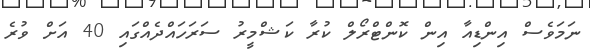
ނަމަވެސް އިންޑިއާ އިން ކޮންޓްރޯލް ކުރާ ކަޝްމީރު ސަރަހައްދެއްގައި 40 އަށް ވުރެ